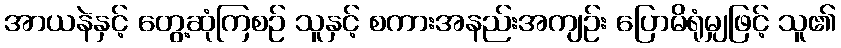
အာယနဲနှင့် တွေ့ဆုံကြစဉ် သူနှင့် စကားအနည်းအကျဉ်း ပြောမိရုံမျှဖြင့် သူ၏